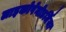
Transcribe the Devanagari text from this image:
लाइकोपेनोडर्मिया